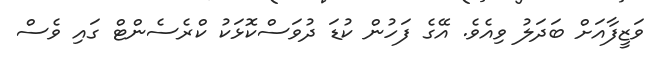
ވަޒީފާއަށް ބަދަލު ވިއެވެ. އޭގެ ފަހުން ކުޑަ ދުވަސްކޮޅަކު ކްރެސެންޓް ގައި ވެސް